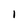
Character: i